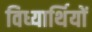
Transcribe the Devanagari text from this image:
विध्यार्थियों